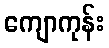
ကျောကုန်း